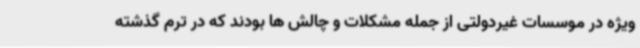
ویژه در موسسات غیردولتی از جمله مشکلات و چالش ها بودند که در ترم گذشته